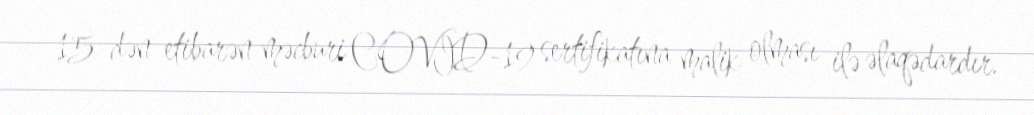
15-dən etibarən məcburi COVID-19 sertifikatına malik olması ilə əlaqədardır.